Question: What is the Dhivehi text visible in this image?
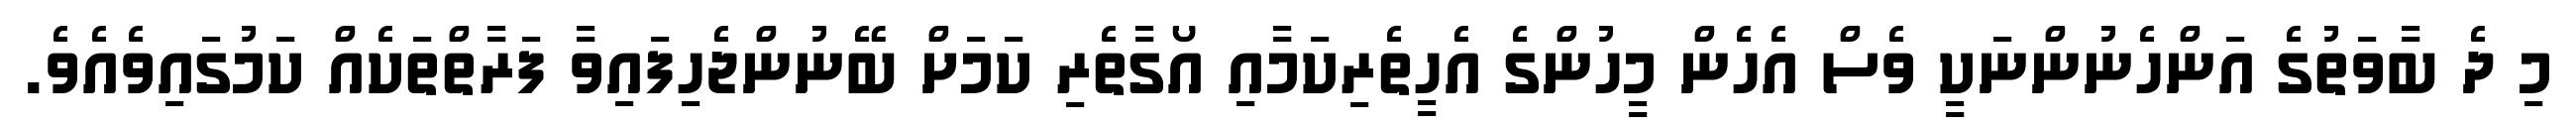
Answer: މި ދެ ބާވަތުގެ އަންހެނުންނަކީ ވެސް އެހެން މީހުންގެ އެހީތެރިކަމާއި އޯގާތެރި ކަމަށް ބޭނުންޖެހިފައިވާ ފަރާތްތަކެއް ކަމުގައިވެއެވެ.